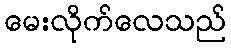
မေးလိုက်လေသည်